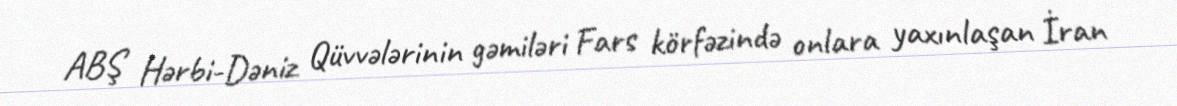
ABŞ Hərbi-Dəniz Qüvvələrinin gəmiləri Fars körfəzində onlara yaxınlaşan İran